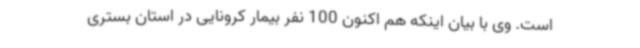
است. وی با بیان اینکه هم اکنون 100 نفر بیمار کرونایی در استان بستری